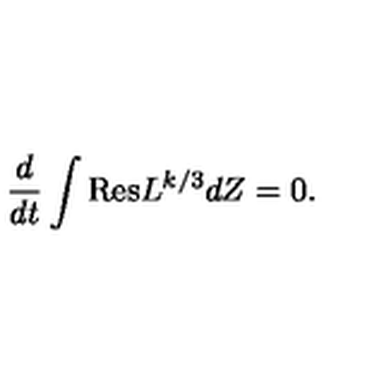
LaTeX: \frac { d } { d t } \int \mathrm { R e s } L ^ { k / 3 } d Z = 0 .